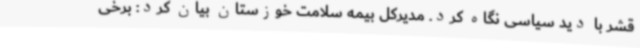
قشر با دید سیاسی نگاه کرد. مدیرکل بیمه سلامت خوزستان بیان کرد: برخی